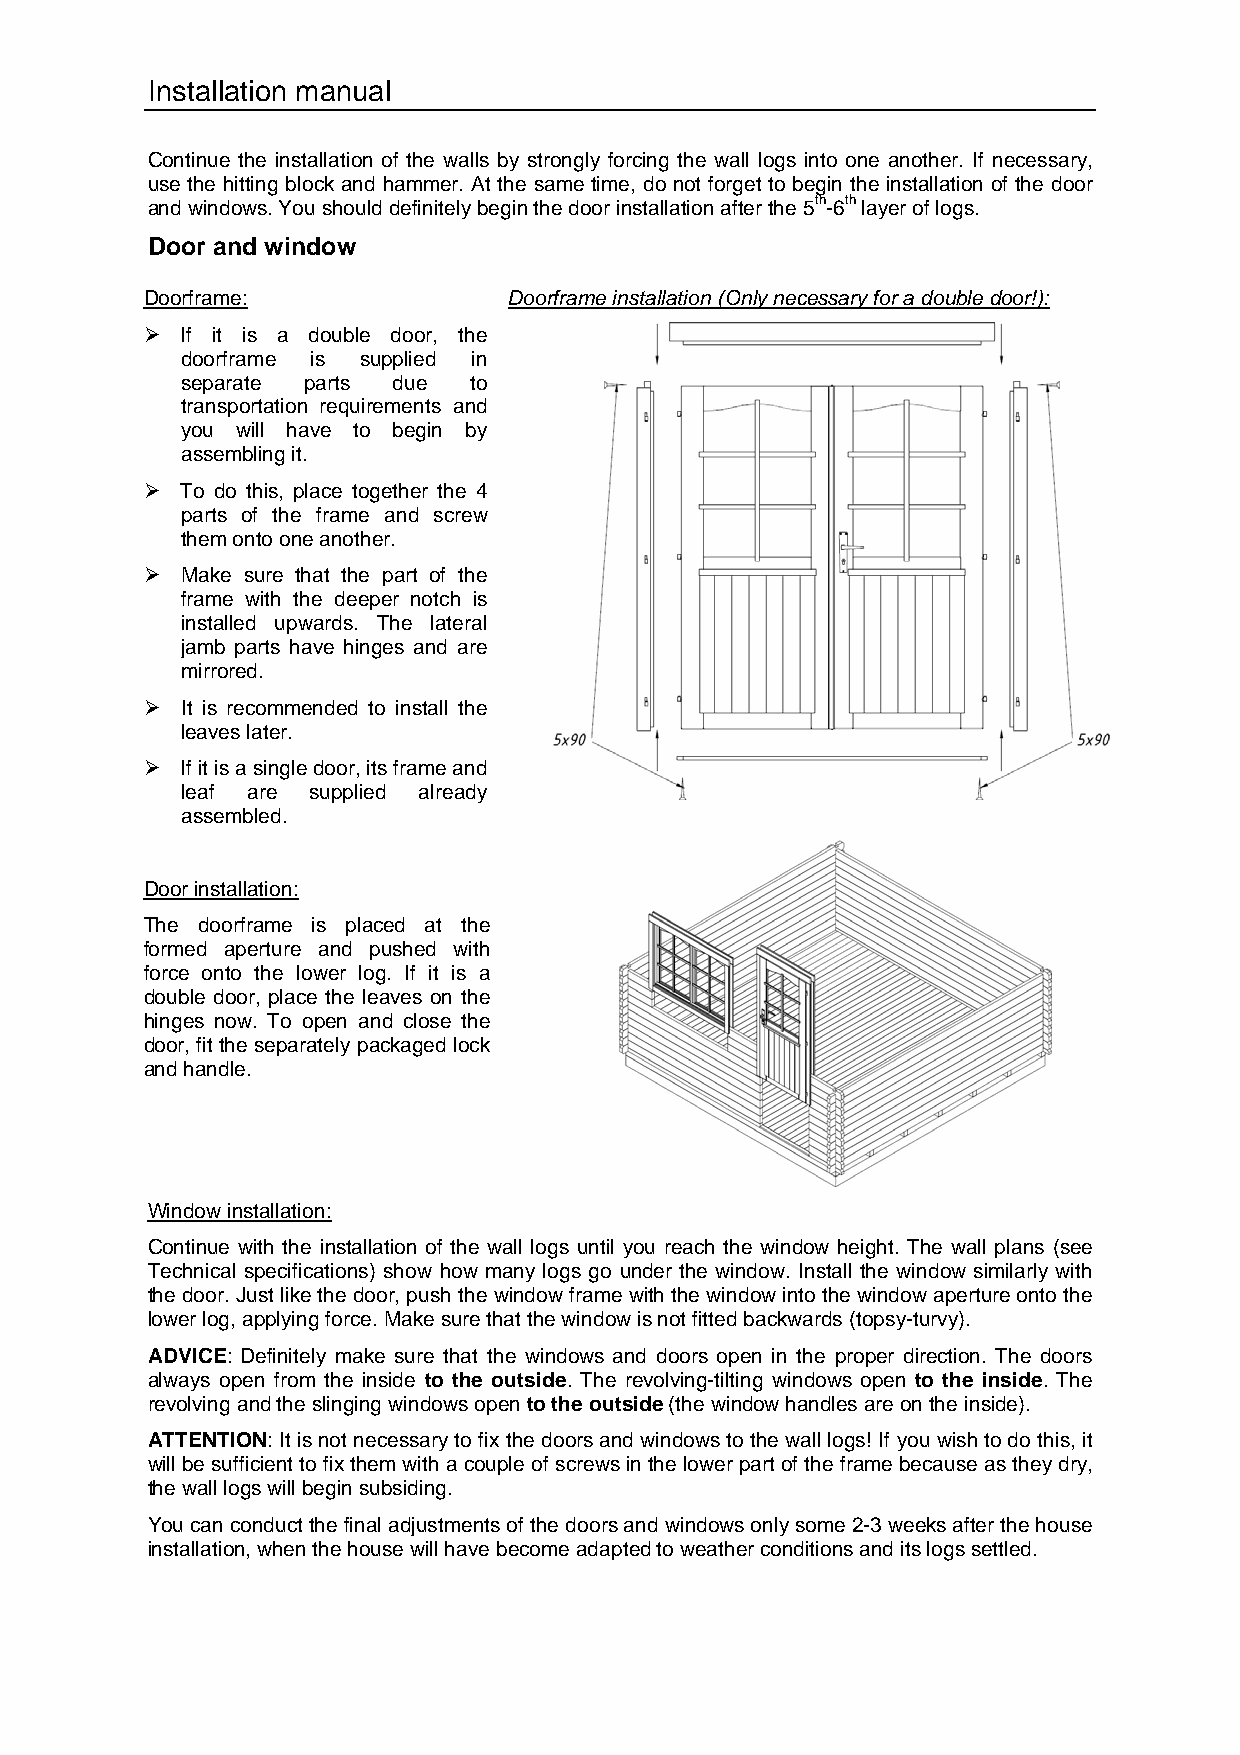
Installation manual
 Continue the installation of the walls by strongly forcing the wall logs into one another. If necessary,
 use the hitting block and hammer. At the same time, do not forget to begin the installation of the door
 and windows. You should definitely begin the door installation after the 5th-6th layer of logs.
 Door and window
 Doorframe:              Doorframe installation (Only necessary for a double door!):
  If it is a double door, the
 doorframe is supplied in
 separate parts due to
 transportation requirements and
 you will have to begin by
 assembling it.
  To do this, place together the 4
 parts of the frame and screw
 them onto one another.
  Make sure that the part of the
 frame with the deeper notch is
 installed upwards. The lateral
 jamb parts have hinges and are
 mirrored.
  It is recommended to install the
 leaves later.
  If it is a single door, its frame and
 leaf are supplied already
 assembled.
 Door installation:
 The doorframe is placed at the
 formed aperture and pushed with
 force onto the lower log. If it is a
 double door, place the leaves on the
 hinges now. To open and close the
 door, fit the separately packaged lock
 and handle.
 Window installation:
 Continue with the installation of the wall logs until you reach the window height. The wall plans (see
 Technical specifications) show how many logs go under the window. Install the window similarly with
 the door. Just like the door, push the window frame with the window into the window aperture onto the
 lower log, applying force. Make sure that the window is not fitted backwards (topsy-turvy).
 ADVICE: Definitely make sure that the windows and doors open in the proper direction. The doors
 always open from the inside to the outside. The revolving-tilting windows open to the inside. The
 revolving and the slinging windows open to the outside (the window handles are on the inside).
 ATTENTION: It is not necessary to fix the doors and windows to the wall logs! If you wish to do this, it
 will be sufficient to fix them with a couple of screws in the lower part of the frame because as they dry,
 the wall logs will begin subsiding.
 You can conduct the final adjustments of the doors and windows only some 2-3 weeks after the house
 installation, when the house will have become adapted to weather conditions and its logs settled.